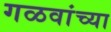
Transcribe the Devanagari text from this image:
गळवांच्या